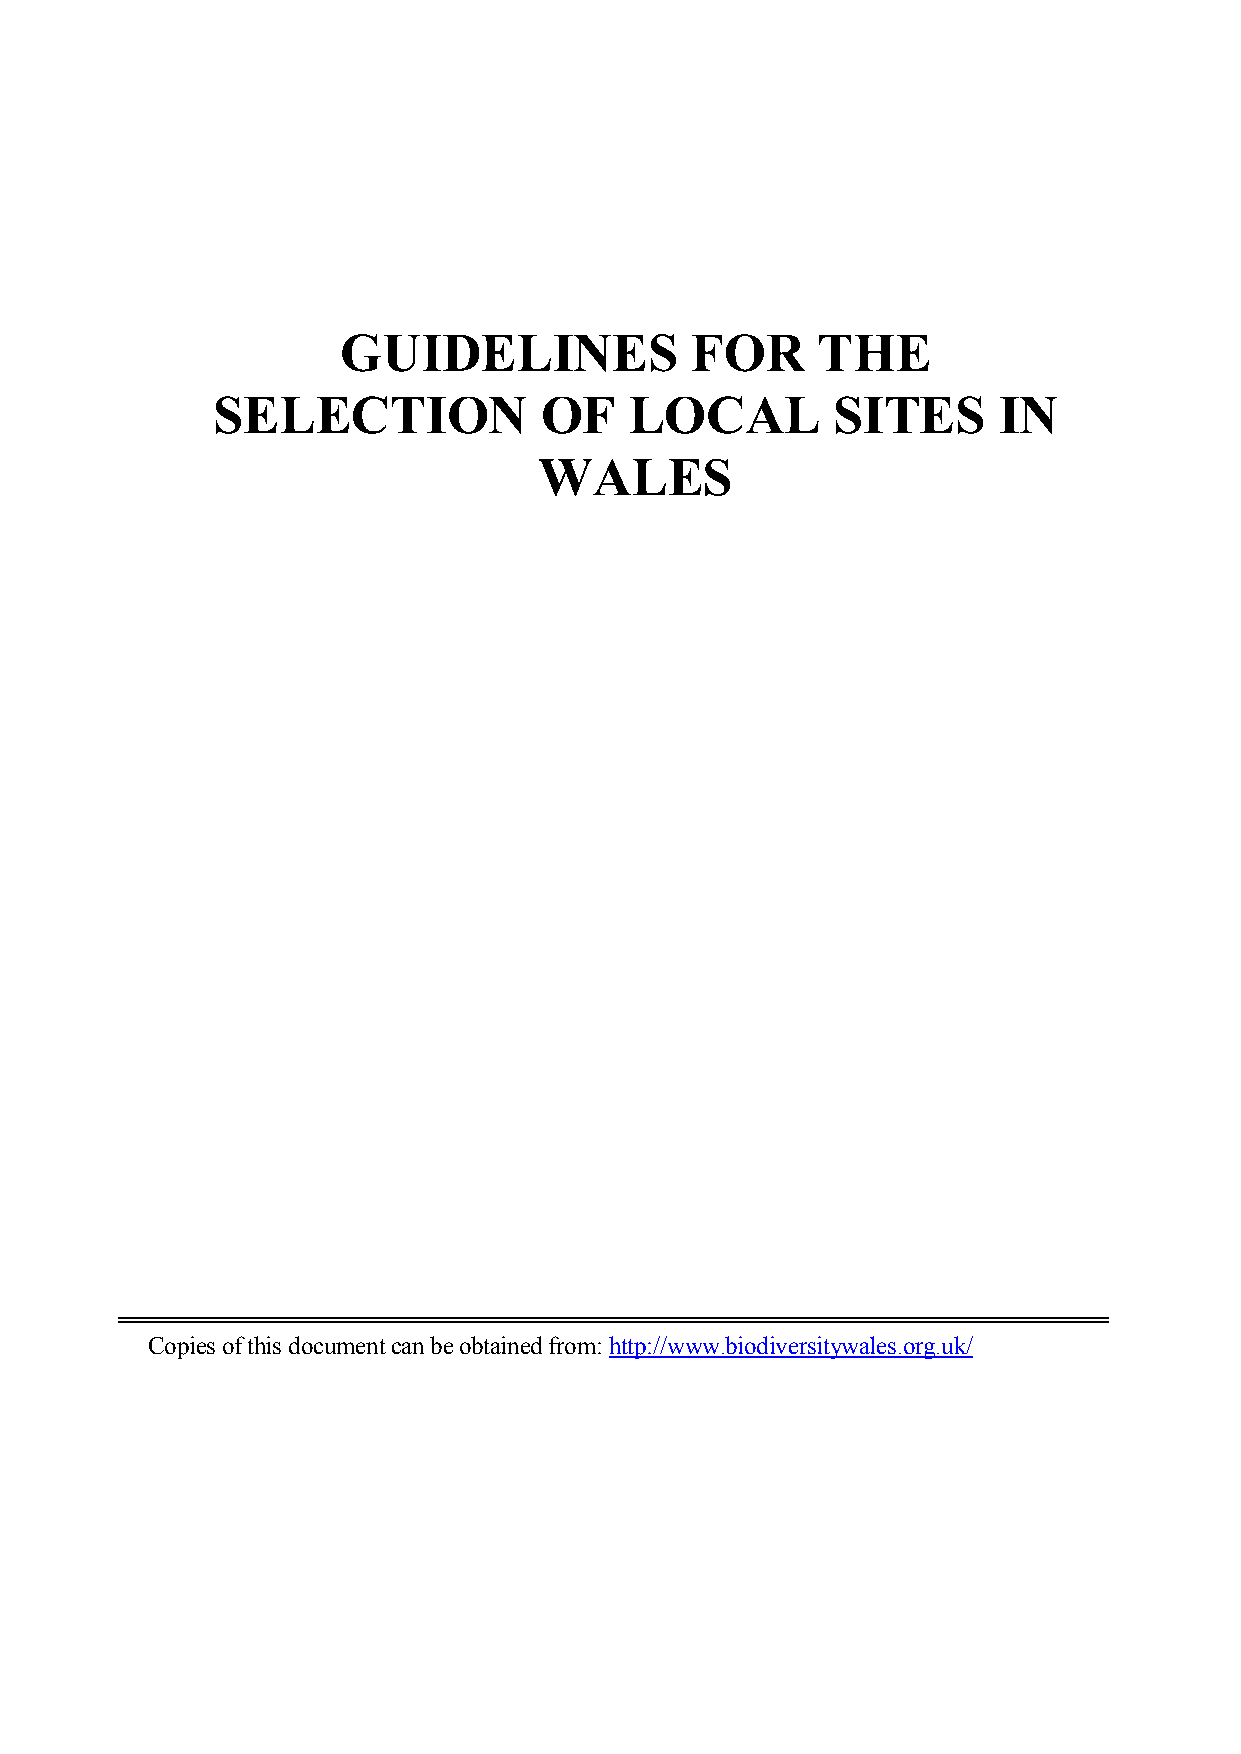
GUIDELINES              FOR     THE
 SELECTION             OF    LOCAL        SITES      IN
 WALES
 Copies of this document can be obtained from:http://www.biodiversitywales.org.uk/